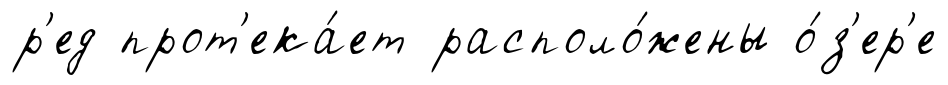
р'ед прот'ека́ет располо́жены о́з'ер'е